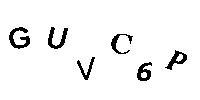
GUVC6P